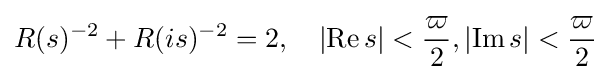
R(s)^{-2}+R(is)^{-2}=2,\quad \left|\operatorname {Re} s\right|<{\frac {\varpi }{2}},\left|\operatorname {Im} s\right|<{\frac {\varpi }{2}}